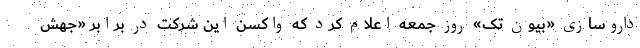
داروسازی «بیون تک» روز جمعه اعلام کرد که واکسن این شرکت در برابر «جهش